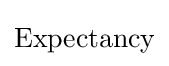
{\text{Expectancy}}